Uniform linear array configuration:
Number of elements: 4
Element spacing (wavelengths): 0.25
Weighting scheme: hann
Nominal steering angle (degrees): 60
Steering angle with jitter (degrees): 61.682
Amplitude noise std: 0.05
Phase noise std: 0.05

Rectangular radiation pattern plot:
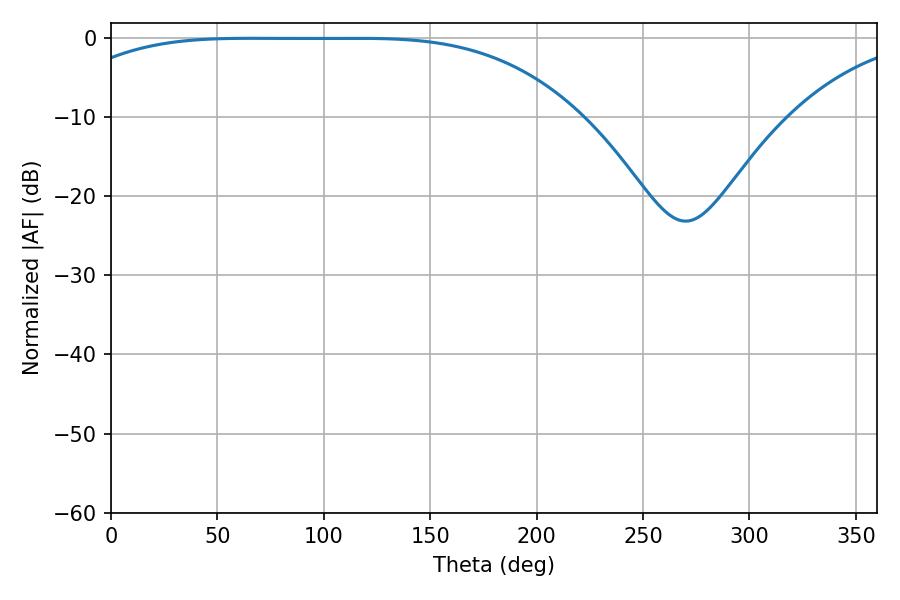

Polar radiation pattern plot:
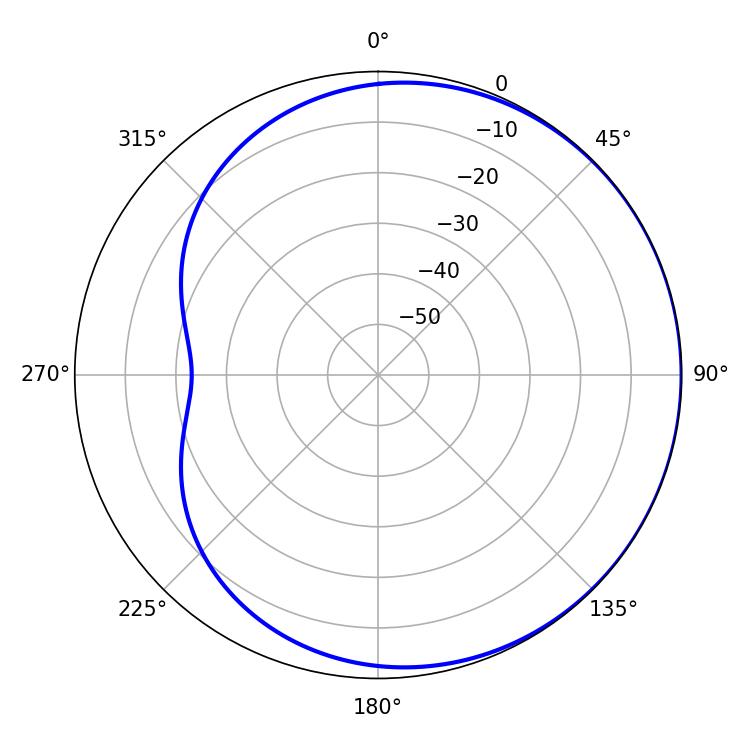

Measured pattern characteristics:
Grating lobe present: FALSE
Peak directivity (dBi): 0.5454
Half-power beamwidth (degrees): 184.86
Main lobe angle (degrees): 66.06